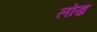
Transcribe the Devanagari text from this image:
लोख़